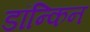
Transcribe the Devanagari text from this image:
डॉन्किन